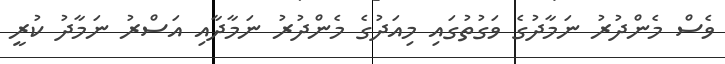
ވެސް މެންދުރު ނަމާދުގެ ވަގުތުގައި މިއަދުގެ މެންދުރު ނަމާދާއި އަސްރު ނަމާދު ކުރީ